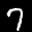
Digit: 7